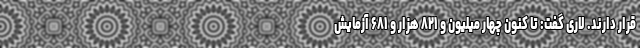
قرار دارند. لاری گفت: تا کنون چهار میلیون و ۸۲۱ هزار و ۶۸۱ آزمایش